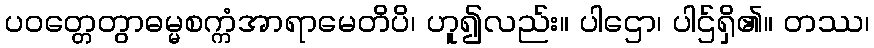
ပဝတ္တေတွာဓမ္မစက္ကံအာရာမေတိပိ၊ ဟူ၍လည်း။ ပါဌော၊ ပါဌ်ရှိ၏။ တဿ၊